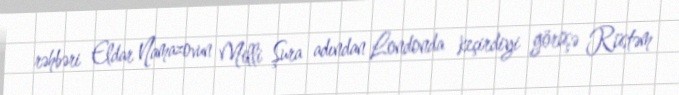
rəhbəri Eldar Namazovun Milli Şura adından Londonda keçirdiyi görüşə Rüstəm